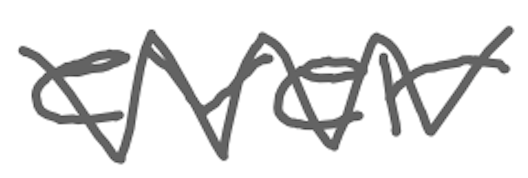
Text: ever
Cross-out: mix
Writing tool: digital_gray